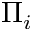
\Pi _ { i }